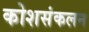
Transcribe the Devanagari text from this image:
कोशसंकलन